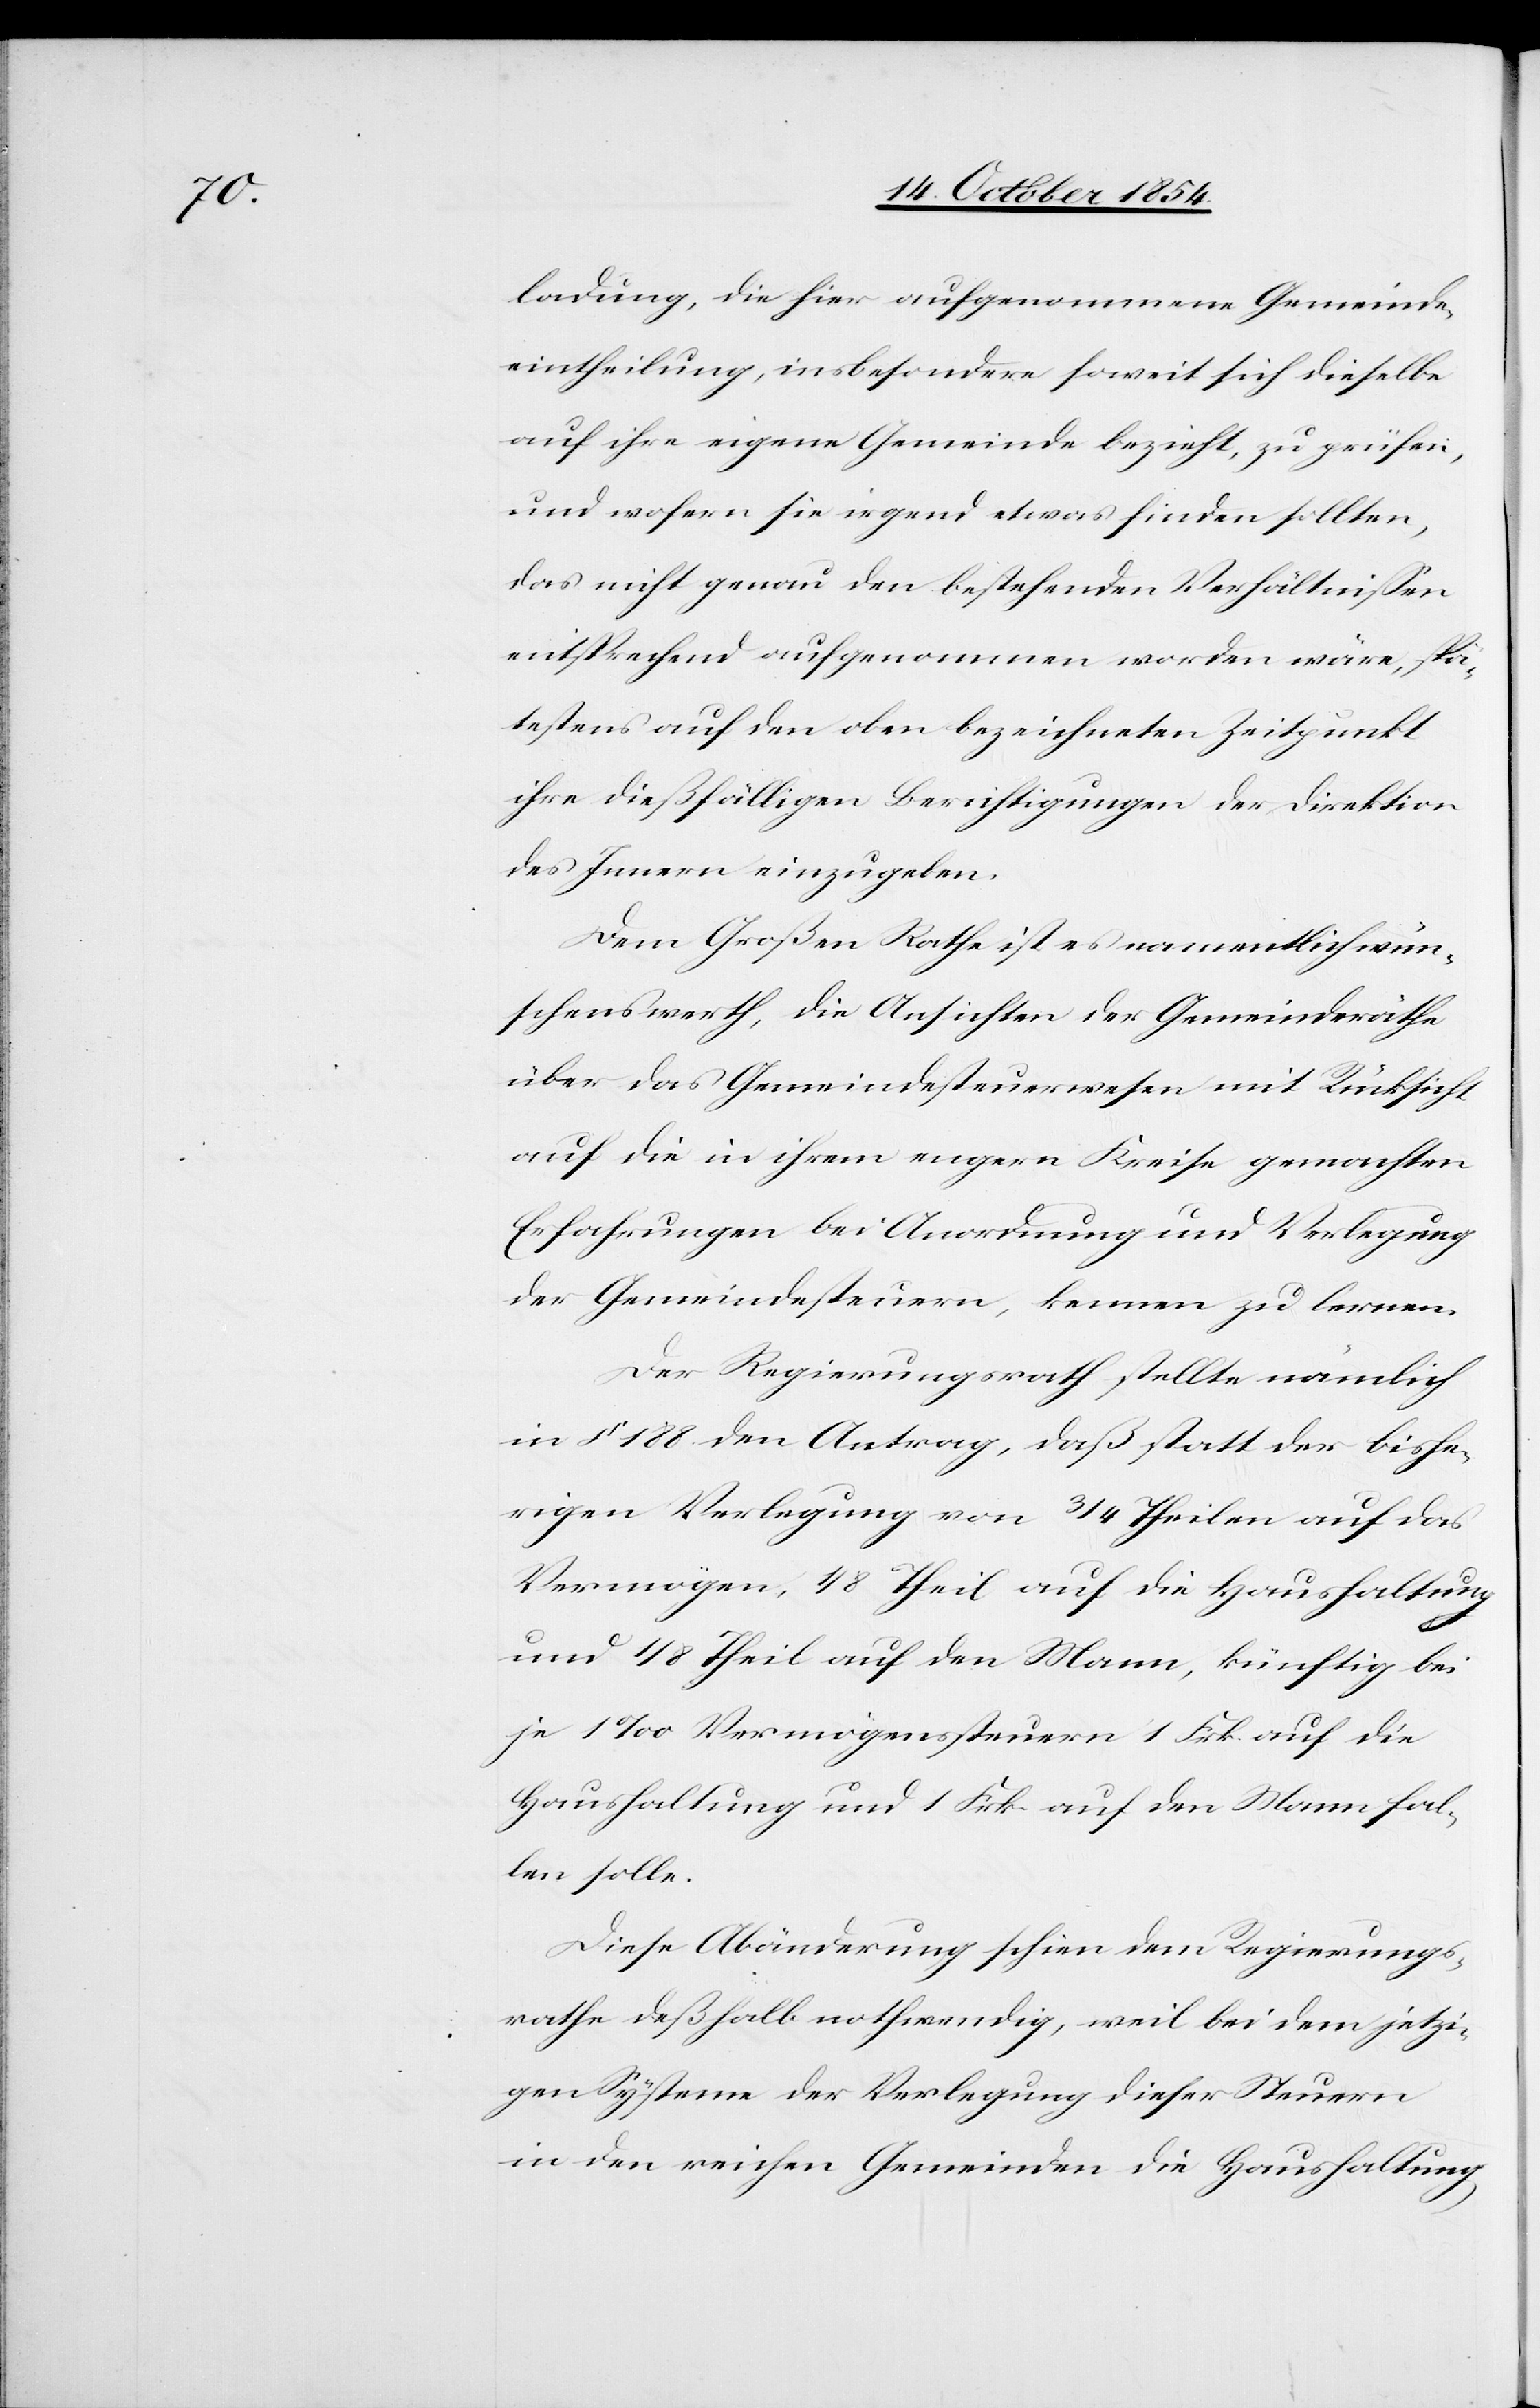
ladung, die hier aufgenommene Gemeinde¬
eintheilung, insbesondere soweit sich dieselbe
auf ihre eigene Gemeinde bezieht, zu prüfen,
und wofern sie irgend etwas finden sollten,
das nicht genau den bestehenden Verhältnißen
entsprechend aufgenommen worden wäre, spä¬
testens auf den oben bezeichneten Zeitpunkt
ihre dießfälligen Berichtigungen der Direktion
des Innern einzugeben.
Dem Großen Rathe ist es namentlich wün¬
schenswerth, die Ansicht der Gemeinderäthe
über das Gemeindesteuerwesen mit Rücksicht
auf die in ihrem engern Kreise gemachten
Erfahrungen bei Anordnung und Verlegung
der Gemeindesteuern, kennen zu lernen.
Der Regierungsrath stellte nämlich
in § 188 den Antrag, daß statt der bishe¬
rigen Verlegung von 3/4 Theilen auf das
Vermögen, 1/8 Theil auf die Haushaltung
und 1/8 Theil auf den Mann, künftig bei
je 1‰ Vermögenssteuern 1 Frk. auf die
Haushaltung und 1 Frk. auf den Mann fal¬
len solle.
Diese Abänderung schien dem Regierungs¬
rathe deßhalb nothwendig, weil bei dem jetzi¬
gen Systeme der Verlegung dieser Steuern
in den reichen Gemeinden die Haushaltung